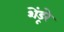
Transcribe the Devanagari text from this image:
शेंडूरे